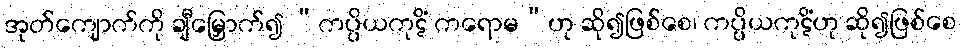
အုတ်ကျောက်ကို ချီမြှောက်၍ “ကပ္ပိယကုဋိံ ကရောမ”ဟု ဆို၍ဖြစ်စေ၊ ကပ္ပိယကုဋိံဟု ဆို၍ဖြစ်စေ